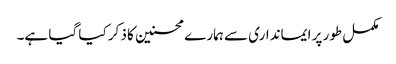
مکمل طور پر ایمانداری سے ہمارے محسنین کا ذکر کیا گیا ہے۔